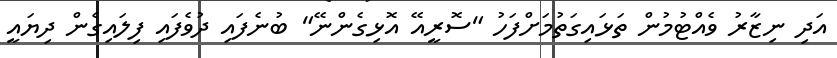
އަދި ނިޒާރު ވެއްޓުމުން ތަޅައިގަތުމަށްފަހު "ސޮރީއޭ އޮޅިގެންނޭ" ބުނެފައި ދުވެފައި ފިލައިގެން ދިޔައީ